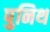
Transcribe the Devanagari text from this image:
पुनिथ